Civil Veterinary Department. Central Provinces & Berar 1932-41 - 1932-1941
Year: 1932
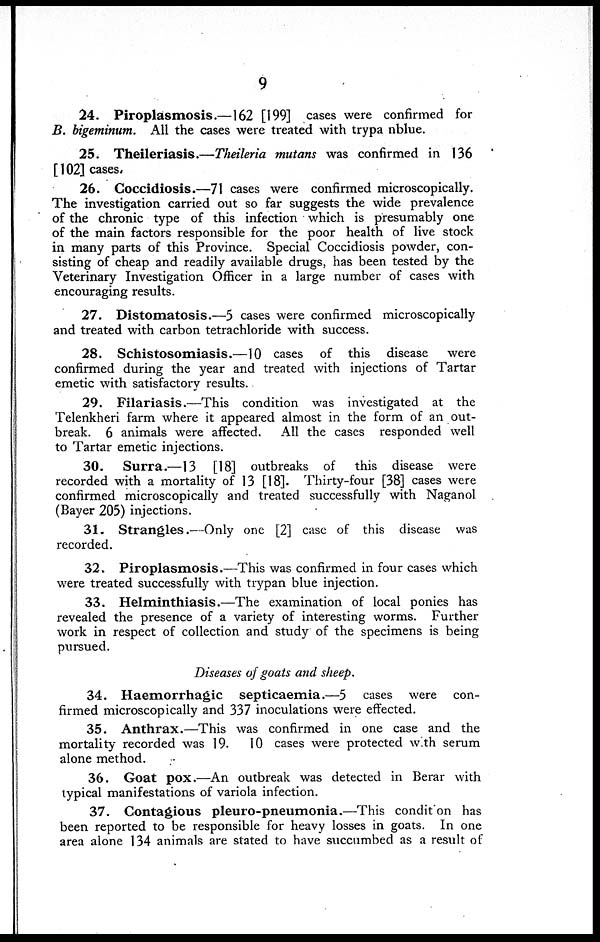
9
24. Piroplasmosis.—162 [199] cases were confirmed for
B. bigeminum. All the cases were treated with trypa nblue.
25. Theileriasis.—Theileria mutans was confirmed in 136
[102] cases.
26. Coccidiosis.—71 cases were confirmed microscopically.
The investigation carried out so far suggests the wide prevalence
of the chronic type of this infection which is presumably one
of the main factors responsible for the poor health of live stock
in many parts of this Province. Special Coccidiosis powder, con-
sisting of cheap and readily available drugs, has been tested by the
Veterinary Investigation Officer in a large number of cases with
encouraging results.
27. Distomatosis.—5 cases were confirmed microscopically
and treated with carbon tetrachloride with success.
28. Schistosomiasis.—10 cases of this disease
were
confirmed during the year and treated with injections of Tartar
emetic with satisfactory results.
29. Filariasis.—This condition was investigated at the
Telenkheri farm where it appeared almost in the form of an out-
break. 6 animals were affected.
All the cases responded well
to Tartar emetic injections.
30.
Surra.—13 [18] outbreaks of
this disease were
recorded with a mortality of 13 [18]. Thirty-four [38] cases were
confirmed microscopically and treated successfully with Naganol
(Bayer 205) injections.
31. Strangles.—Only one [2] case of this disease was
recorded.
32. Piroplasmosis.—This was confirmed in four cases which
were treated successfully with trypan blue injection.
33. Helminthiasis.—The examination of local ponies has
revealed the presence of a variety of interesting worms. Further
work in respect of collection and study of the specimens is being
pursued.
Diseases of goats and sheep.
34. Haemorrhagic septicaemia.—5 cases were con-
firmed microscopically and 337 inoculations were effected.
35. Anthrax.—This was confirmed in one case and the
mortality recorded was 19.
10 cases were protected with serum
alone method.
36. Goat pox.—An outbreak was detected in Berar with
typical manifestations of variola infection.
37. Contagious pleuro-pneumonia.—This condit on has
been reported to be responsible for heavy losses in goats. In one
area alone 134 animals are stated to have succumbed as a result of